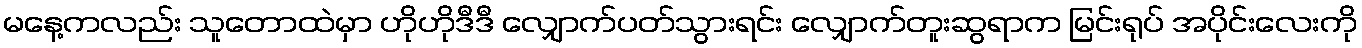
မနေ့ကလည်း သူတောထဲမှာ ဟိုဟိုဒီဒီ လျှောက်ပတ်သွားရင်း လျှောက်တူးဆွရာက မြင်းရုပ် အပိုင်းလေးကို